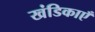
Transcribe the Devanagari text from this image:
खंडिकाएँ